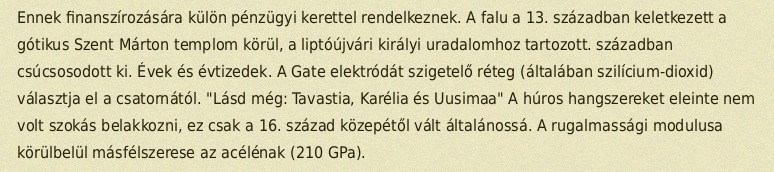
Ennek finanszírozására külön pénzügyi kerettel rendelkeznek. A falu a 13. században keletkezett a gótikus Szent Márton templom körül, a liptóújvári királyi uradalomhoz tartozott. században csúcsosodott ki. Évek és évtizedek. A Gate elektródát szigetelő réteg (általában szilícium-dioxid) választja el a csatornától. "Lásd még: Tavastia, Karélia és Uusimaa" A húros hangszereket eleinte nem volt szokás belakkozni, ez csak a 16. század közepétől vált általánossá. A rugalmassági modulusa körülbelül másfélszerese az acélénak (210 GPa).